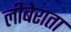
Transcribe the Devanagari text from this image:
लीबेराता